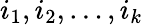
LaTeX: i_{1},i_{2},\ldots,i_{k}